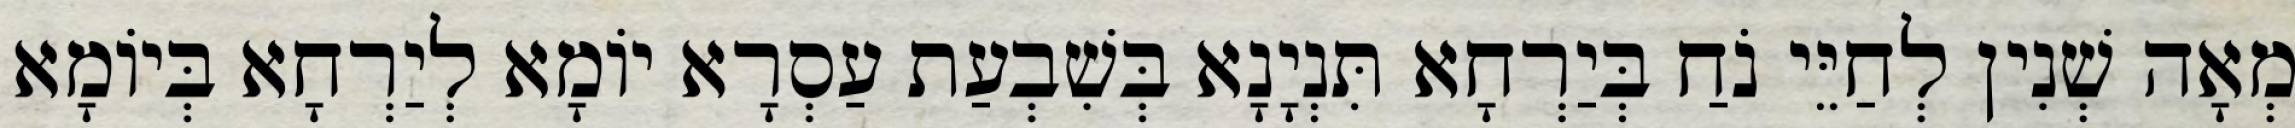
מְאָה שְׁנִין לְחַיֵּי נֹחַ בְּיַרְחָא תִּנְיָנָא בְּשִׁבְעַת עַסְרָא יוֹמָא לְיַרְחָא בְּיוֹמָא